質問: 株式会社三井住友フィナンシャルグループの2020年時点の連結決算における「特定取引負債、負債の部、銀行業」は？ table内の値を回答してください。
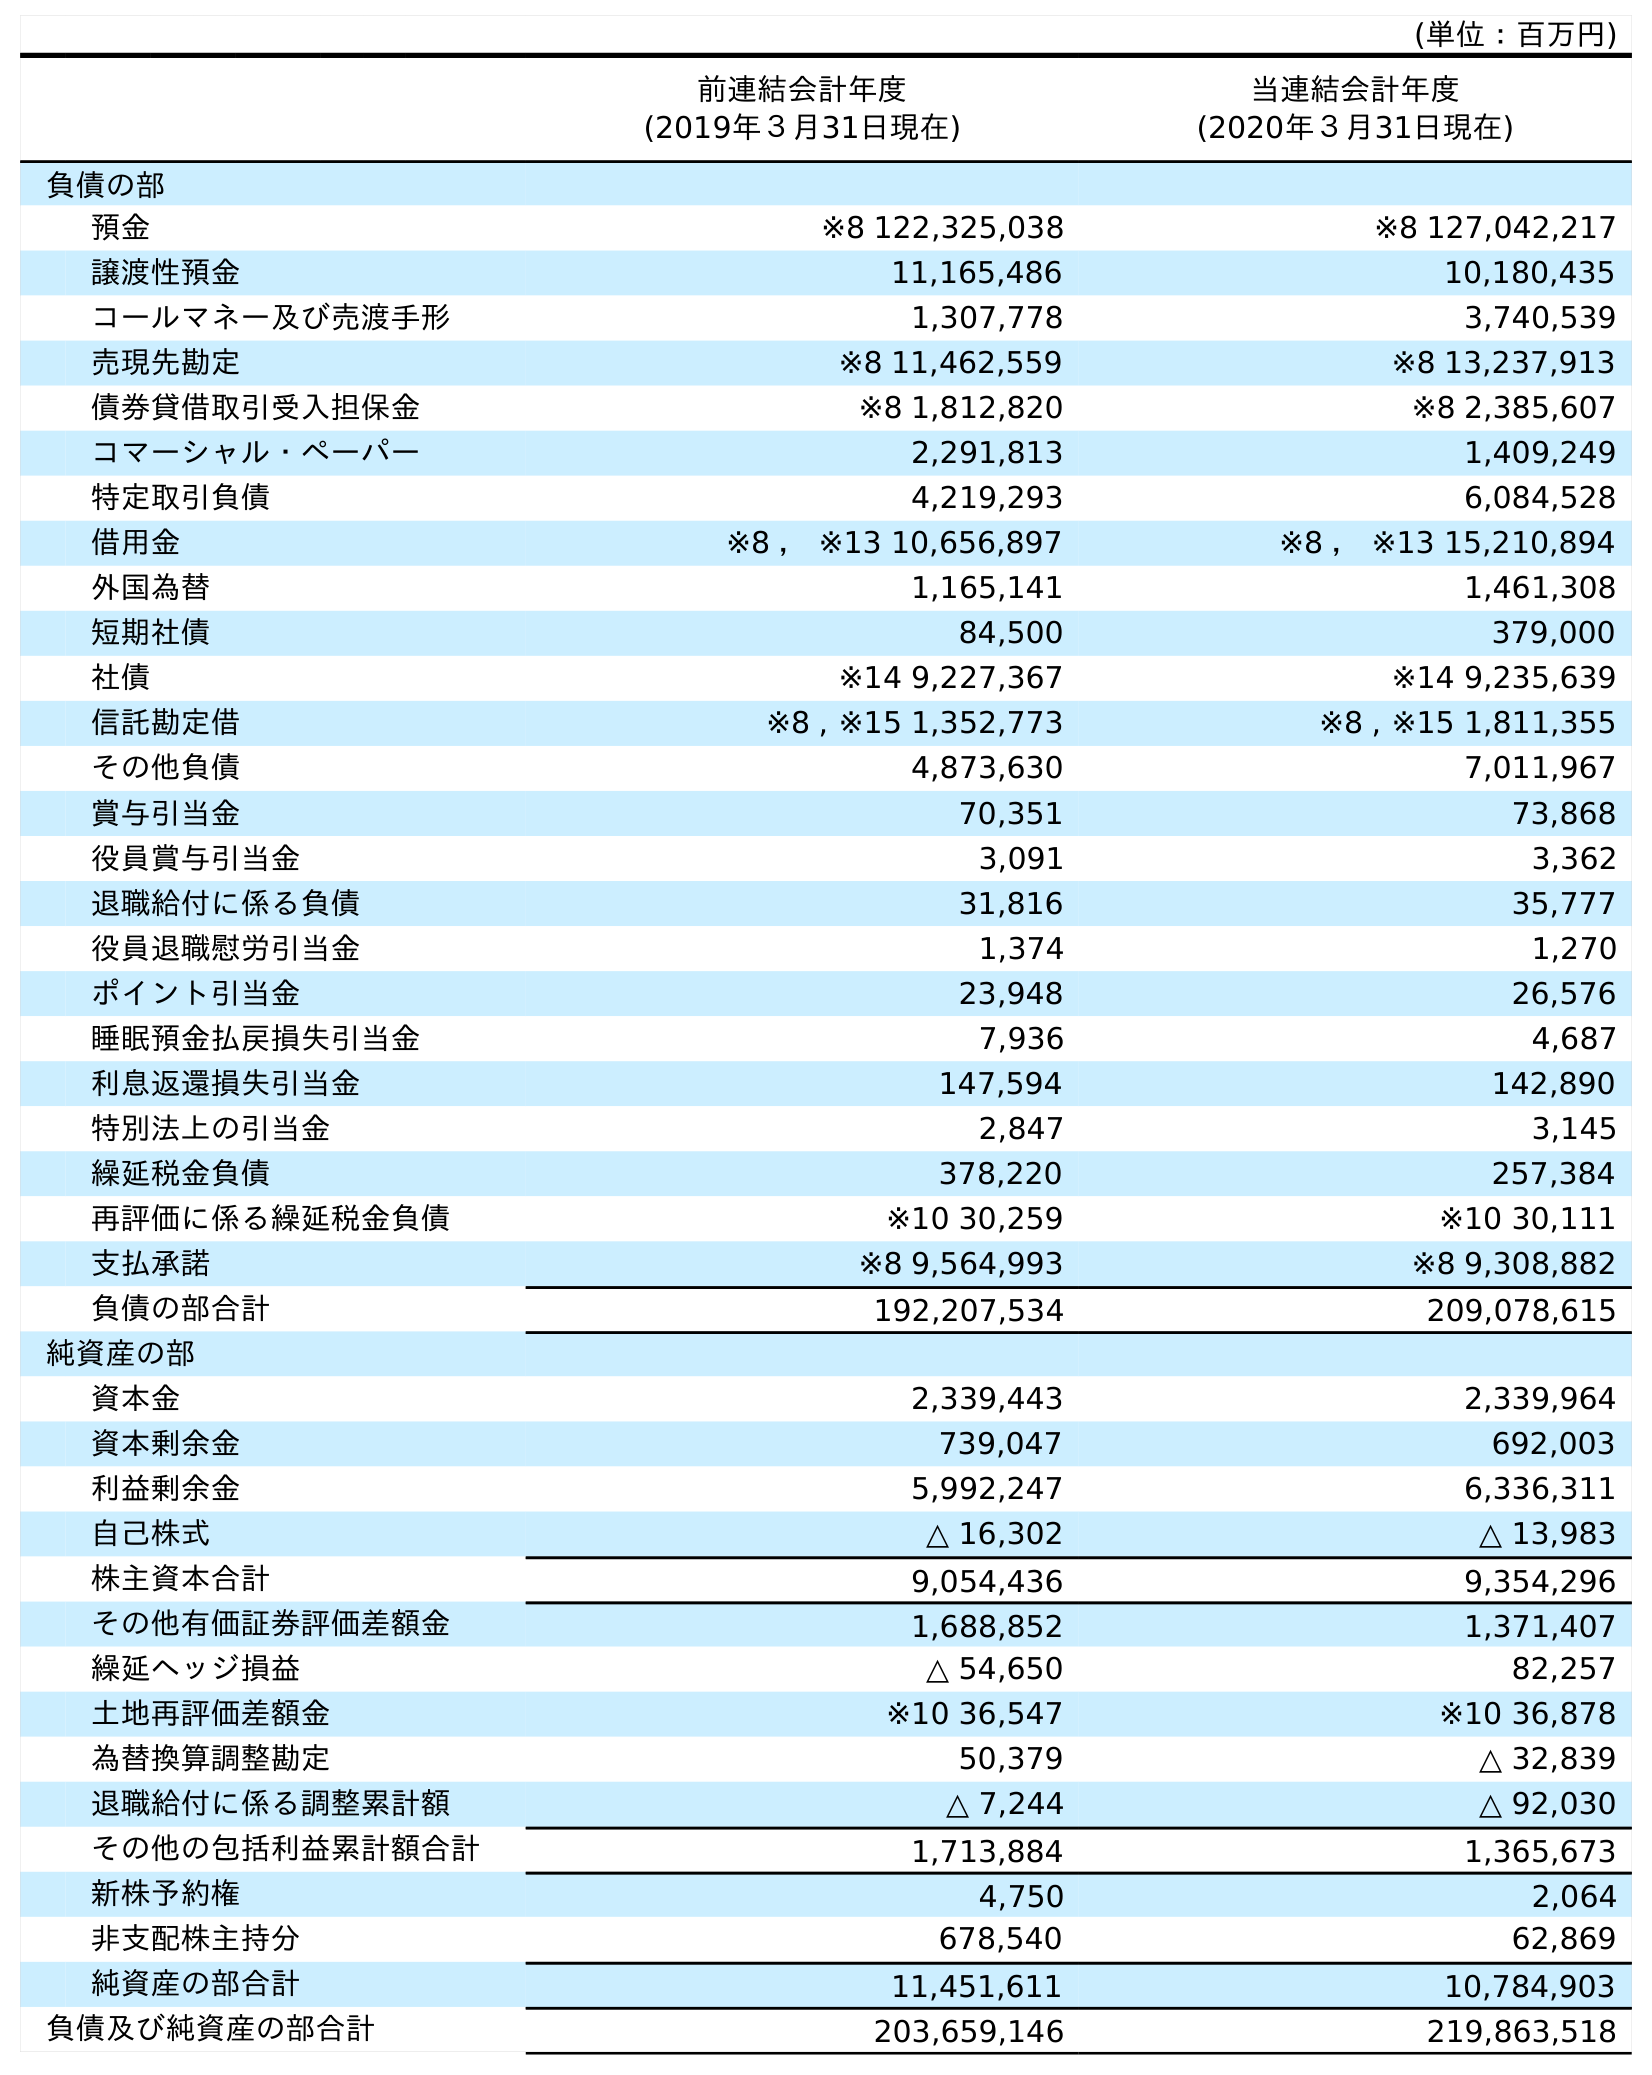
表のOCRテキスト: (単位：百万円) 前連結会計年度 (2019年３月31日現在) 当連結会計年度 (2020年３月31日現在) 負債の部 預金 ※8 122,325,038 ※8 127,042,217 譲渡性預金 11,165,486 10,180,435 コールマネー及び売渡手形 1,307,778 3,740,539 売現先勘定 ※8 11,462,559 ※8 13,237,913 債券貸借取引受入担保金 ※8 1,812,820 ※8 2,385,607 コマーシャル・ペーパー 2,291,813 1,409,249 特定取引負債 4,219,293 6,084,528 借用金 ※8 ， ※13 10,656,897 ※8 ， ※13 15,210,894 外国為替 1,165,141 1,461,308 短期社債 84,500 379,000 社債 ※14 9,227,367 ※14 9,235,639 信託勘定借 ※8 , ※15 1,352,773 ※8 , ※15 1,811,355 その他負債 4,873,630 7,011,967 賞与引当金 70,351 73,868 役員賞与引当金 3,091 3,362 退職給付に係る負債 31,816 35,777 役員退職慰労引当金 1,374 1,270 ポイント引当金 23,948 26,576 睡眠預金払戻損失引当金 7,936 4,687 利息返還損失引当金 147,594 142,890 特別法上の引当金 2,847 3,145 繰延税金負債 378,220 257,384 再評価に係る繰延税金負債 ※10 30,259 ※10 30,111 支払承諾 ※8 9,564,993 ※8 9,308,882 負債の部合計 192,207,534 209,078,615 純資産の部 資本金 2,339,443 2,339,964 資本剰余金 739,047 692,003 利益剰余金 5,992,247 6,336,311 自己株式 △ 16,302 △ 13,983 株主資本合計 9,054,436 9,354,296 その他有価証券評価差額金 1,688,852 1,371,407 繰延ヘッジ損益 △ 54,650 82,257 土地再評価差額金 ※10 36,547 ※10 36,878 為替換算調整勘定 50,379 △ 32,839 退職給付に係る調整累計額 △ 7,244 △ 92,030 その他の包括利益累計額合計 1,713,884 1,365,673 新株予約権 4,750 2,064 非支配株主持分 678,540 62,869 純資産の部合計 11,451,611 10,784,903 負債及び純資産の部合計 203,659,146 219,863,518
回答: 6,084,528